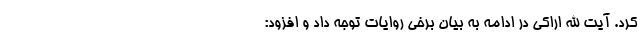
کرد. آیت الله اراکی در ادامه به بیان برخی روایات توجه داد و افزود: